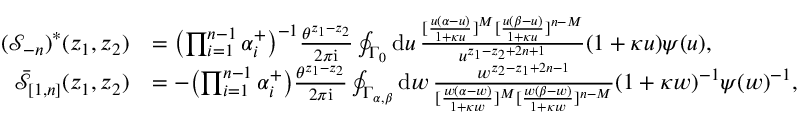
\begin{array} { r l } { \textstyle ( \mathcal { S } _ { - n } ) ^ { * } ( z _ { 1 } , z _ { 2 } ) } & { \textstyle = \bigl ( \prod _ { i = 1 } ^ { n - 1 } \alpha _ { i } ^ { + } \bigr ) ^ { - 1 } \frac { \theta ^ { z _ { 1 } - z _ { 2 } } } { 2 \pi \mathrm { i } } \oint _ { \Gamma _ { 0 } } \mathrm { d } u \, \frac { [ \frac { u ( \alpha - u ) } { 1 + \kappa u } ] ^ { M } [ \frac { u ( \beta - u ) } { 1 + \kappa u } ] ^ { n - M } } { u ^ { z _ { 1 } - z _ { 2 } + 2 n + 1 } } ( 1 + \kappa u ) \psi ( u ) , } \\ { \textstyle \bar { \mathcal { S } } _ { [ 1 , n ] } ( z _ { 1 } , z _ { 2 } ) } & { \textstyle = - \bigl ( \prod _ { i = 1 } ^ { n - 1 } \alpha _ { i } ^ { + } \bigr ) \frac { \theta ^ { z _ { 1 } - z _ { 2 } } } { 2 \pi \mathrm { i } } \oint _ { \Gamma _ { \alpha , \beta } } \mathrm { d } w \, \frac { w ^ { z _ { 2 } - z _ { 1 } + 2 n - 1 } } { [ \frac { w ( \alpha - w ) } { 1 + \kappa w } ] ^ { M } [ \frac { w ( \beta - w ) } { 1 + \kappa w } ] ^ { n - M } } ( 1 + \kappa w ) ^ { - 1 } \psi ( w ) ^ { - 1 } , } \end{array}